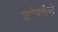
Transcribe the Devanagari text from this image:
आणीबाणीमुळे